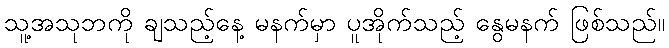
သူ့အသုဘကို ချသည့်နေ့ မနက်မှာ ပူအိုက်သည့် နွေမနက် ဖြစ်သည်။